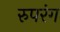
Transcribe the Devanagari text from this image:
रुपरंग